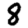
Digit: 8